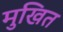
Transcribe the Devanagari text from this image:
मुखित